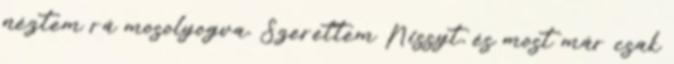
néztem rá mosolyogva. Szerettem Nissyt, és most már csak